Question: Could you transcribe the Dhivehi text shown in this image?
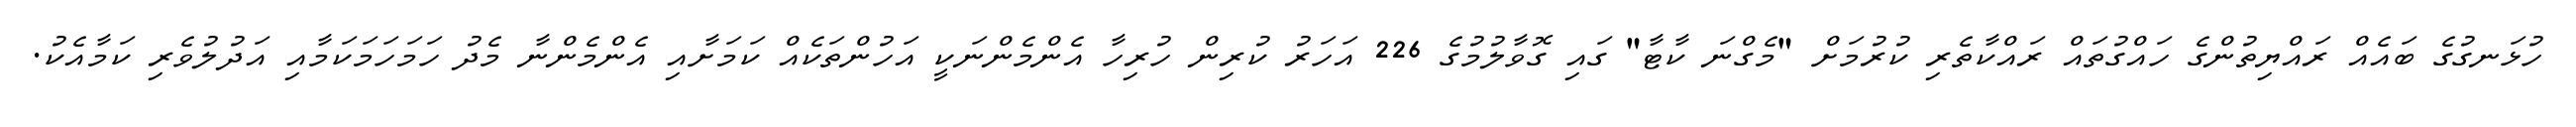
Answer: ހުޅަނގުގެ ބައެއް ރައްޔިތުންގެ ހައްގުތައް ރައްކާތެރި ކުރުމަށް "މެގްނަ ކާޓާ" ގައި ގޮވާލުމުގެ 226 އަހަރު ކުރިން ހުރިހާ އެންމެންނަކީ އަހުންތަކެއް ކަމަށާއި އެންމެންނާ މެދު ހަމަހަމަކަމާއި އަދުލުވެރި ކަމާއެކު.